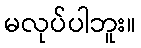
မလုပ်ပါဘူး။